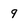
Character: 9